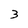
Character: 3